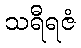
သရီရဇံ